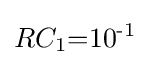
RC_{1}{=}10^{{\text{-}}1}